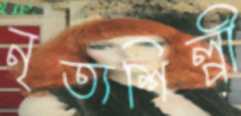
নৃত্যশিল্পী